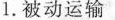
1.被动运输